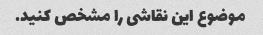
موضوع این نقاشی را مشخص کنید.